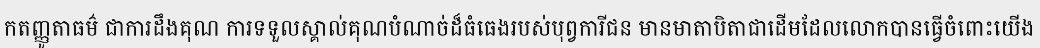
កតញ្ញូតាធម៌ ជាការដឹងគុណ ការទទួលស្គាល់គុណបំណាច់ដ៏ធំធេងរបស់បុព្វការីជន មានមាតាបិតាជាដើមដែលលោកបានធ្វើចំពោះយើង